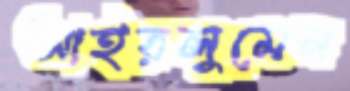
আইরলুমেন